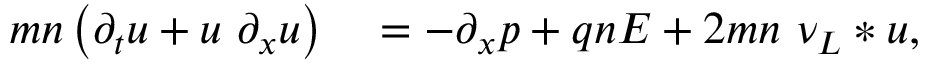
\begin{array} { r l } { m n \left( \partial _ { t } u + u ~ \partial _ { x } u \right) } & { { } = - \partial _ { x } p + q n E + 2 m n ~ \nu _ { L } * u , } \end{array}